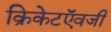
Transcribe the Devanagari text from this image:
क्रिकेटऍवजी